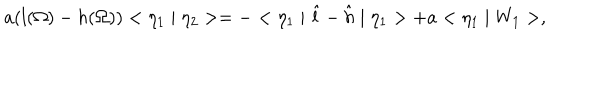
LaTeX: a ( l ( \Omega ) - h ( \Omega ) ) < \eta _ { 1 } \mid \eta _ { 2 } > = - < \eta _ { 1 } \mid \hat { l } - \hat { h } \mid \eta _ { 1 } > + a < \eta _ { 1 } \mid W _ { 1 } > ,